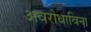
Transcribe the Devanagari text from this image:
अवरोधाविना